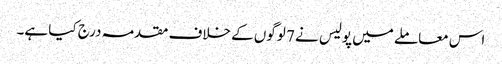
اس معاملے میں پولیس نے 7 لوگوں کے خلاف مقدمہ درج کیا ہے۔